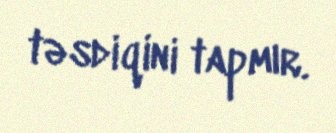
təsdiqini tapmır.